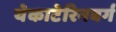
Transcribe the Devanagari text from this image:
येकाटेरिनबर्ग